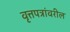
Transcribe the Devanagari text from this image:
वृत्तपत्रांवरील